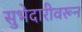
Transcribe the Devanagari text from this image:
सुभेदारीवरून